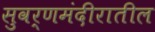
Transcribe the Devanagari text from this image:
सुवर्णमंदीरातील